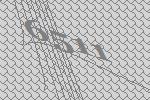
6511